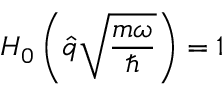
H _ { 0 } \left( \hat { q } \sqrt { \frac { m \omega } { \hbar } } \right) = 1